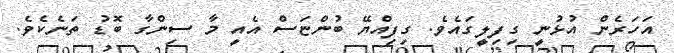
އަހަރެން އުޅުނީ ގިފިލީގައެވެ. ގިފިއްޔޭ ބުންޏަސް އެއީ މާ ސިންގާ ބޮޑު ތަނެކެވެ.